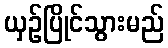
ယှဉ်ပြိုင်သွားမည်